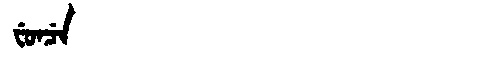
Manchu: ᠸᡠᠨᠴᡝ
Romanization: FUNCE